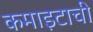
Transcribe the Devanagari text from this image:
कमाइटाची